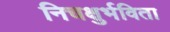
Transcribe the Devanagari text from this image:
निचक्षुर्भविता